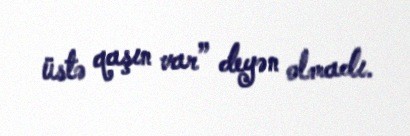
üstə qaşın var” deyən olmadı.